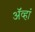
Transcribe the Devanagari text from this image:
अॅव्हां